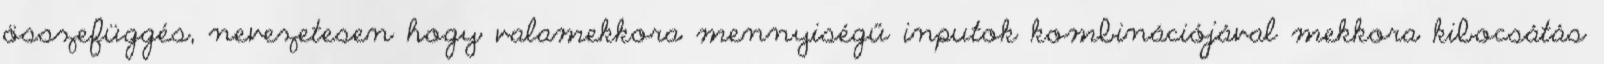
összefüggés, nevezetesen hogy valamekkora mennyiségű inputok kombinációjával mekkora kibocsátás